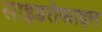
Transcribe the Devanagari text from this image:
साइडरोफाइल